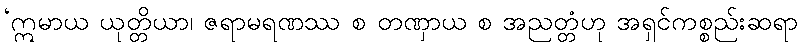
‘ဣမာယ ယုတ္တိယာ၊ ဇရာမရဏဿ စ တဏှာယ စ အညတ္တံဟု အရှင်ကစ္စည်းဆရာ